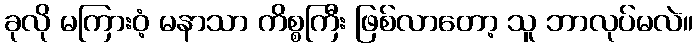
ခုလို မကြားဝံ့ မနာသာ ကိစ္စကြီး ဖြစ်လာတော့ သူ ဘာလုပ်မလဲ။